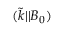
( { \tilde { k } | | B _ { 0 } } )